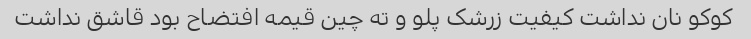
کوکو نان نداشت کیفیت زرشک پلو و ته چین قیمه افتضاح بود قاشق نداشت